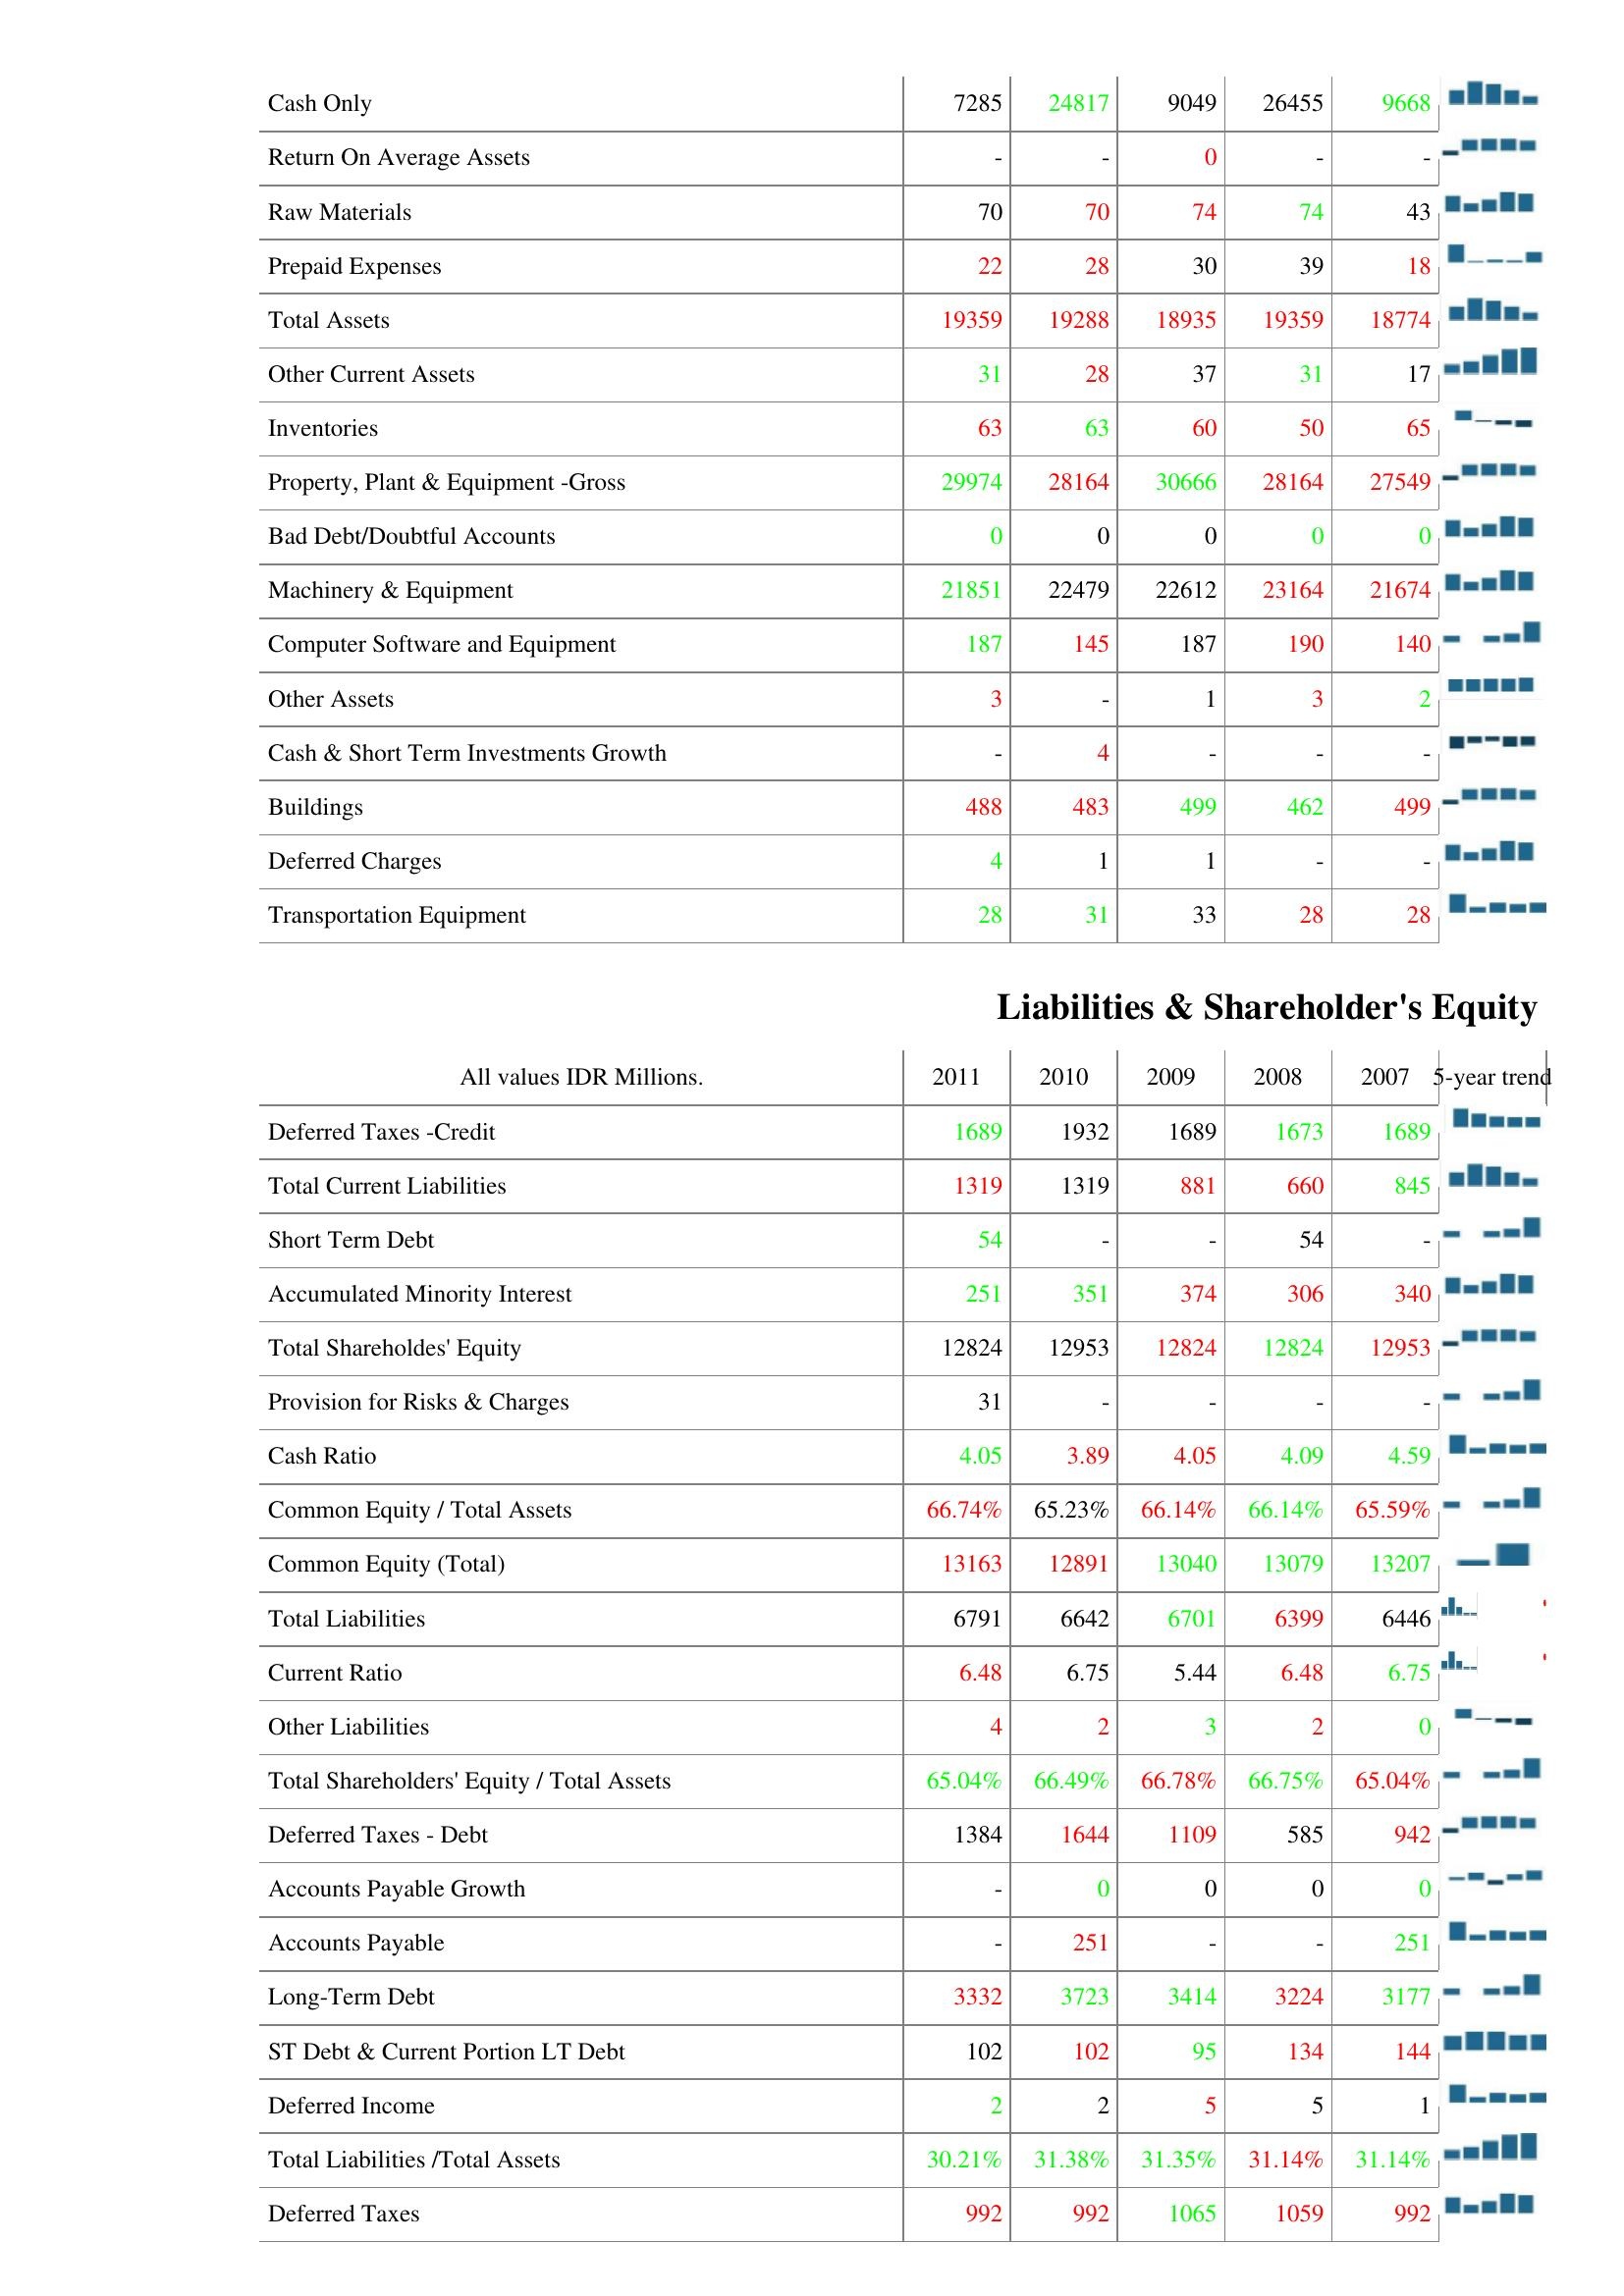
2011: Assets: Cash Only: 7285
Return On Average Assets: -
Raw Materials: 70
Prepaid Expenses: 22
Total Assets: 19359
Other Current Assets: 31
Inventories: 63
Property, Plant & Equipment -Gross: 29974
Bad Debt/Doubtful Accounts: 0
Machinery & Equipment: 21851
Computer Software and Equipment: 187
Other Assets: 3
Cash & Short Term Investments Growth: -
Buildings: 488
Deferred Charges: 4
Transportation Equipment: 28
Liabilities & Shareholder's Equity: Deferred Taxes -Credit: 1689
Total Current Liabilities: 1319
Short Term Debt: 54
Accumulated Minority Interest: 251
Total Shareholdes' Equity: 12824
Provision for Risks & Charges: 31
Cash Ratio: 4.05
Common Equity / Total Assets: 66.74%
Common Equity (Total): 13163
Total Liabilities: 6791
Current Ratio: 6.48
Other Liabilities: 4
Total Shareholders' Equity / Total Assets: 65.04%
Deferred Taxes - Debt: 1384
Accounts Payable Growth: -
Accounts Payable: -
Long-Term Debt: 3332
ST Debt & Current Portion LT Debt: 102
Deferred Income: 2
Total Liabilities /Total Assets: 30.21%
Deferred Taxes: 992
2010: Assets: Cash Only: 24817
Return On Average Assets: -
Raw Materials: 70
Prepaid Expenses: 28
Total Assets: 19288
Other Current Assets: 28
Inventories: 63
Property, Plant & Equipment -Gross: 28164
Bad Debt/Doubtful Accounts: 0
Machinery & Equipment: 22479
Computer Software and Equipment: 145
Other Assets: -
Cash & Short Term Investments Growth: 4
Buildings: 483
Deferred Charges: 1
Transportation Equipment: 31
Liabilities & Shareholder's Equity: Deferred Taxes -Credit: 1932
Total Current Liabilities: 1319
Short Term Debt: -
Accumulated Minority Interest: 351
Total Shareholdes' Equity: 12953
Provision for Risks & Charges: -
Cash Ratio: 3.89
Common Equity / Total Assets: 65.23%
Common Equity (Total): 12891
Total Liabilities: 6642
Current Ratio: 6.75
Other Liabilities: 2
Total Shareholders' Equity / Total Assets: 66.49%
Deferred Taxes - Debt: 1644
Accounts Payable Growth: 0
Accounts Payable: 251
Long-Term Debt: 3723
ST Debt & Current Portion LT Debt: 102
Deferred Income: 2
Total Liabilities /Total Assets: 31.38%
Deferred Taxes: 992
2009: Assets: Cash Only: 9049
Return On Average Assets: 0
Raw Materials: 74
Prepaid Expenses: 30
Total Assets: 18935
Other Current Assets: 37
Inventories: 60
Property, Plant & Equipment -Gross: 30666
Bad Debt/Doubtful Accounts: 0
Machinery & Equipment: 22612
Computer Software and Equipment: 187
Other Assets: 1
Cash & Short Term Investments Growth: -
Buildings: 499
Deferred Charges: 1
Transportation Equipment: 33
Liabilities & Shareholder's Equity: Deferred Taxes -Credit: 1689
Total Current Liabilities: 881
Short Term Debt: -
Accumulated Minority Interest: 374
Total Shareholdes' Equity: 12824
Provision for Risks & Charges: -
Cash Ratio: 4.05
Common Equity / Total Assets: 66.14%
Common Equity (Total): 13040
Total Liabilities: 6701
Current Ratio: 5.44
Other Liabilities: 3
Total Shareholders' Equity / Total Assets: 66.78%
Deferred Taxes - Debt: 1109
Accounts Payable Growth: 0
Accounts Payable: -
Long-Term Debt: 3414
ST Debt & Current Portion LT Debt: 95
Deferred Income: 5
Total Liabilities /Total Assets: 31.35%
Deferred Taxes: 1065
2008: Assets: Cash Only: 26455
Return On Average Assets: -
Raw Materials: 74
Prepaid Expenses: 39
Total Assets: 19359
Other Current Assets: 31
Inventories: 50
Property, Plant & Equipment -Gross: 28164
Bad Debt/Doubtful Accounts: 0
Machinery & Equipment: 23164
Computer Software and Equipment: 190
Other Assets: 3
Cash & Short Term Investments Growth: -
Buildings: 462
Deferred Charges: -
Transportation Equipment: 28
Liabilities & Shareholder's Equity: Deferred Taxes -Credit: 1673
Total Current Liabilities: 660
Short Term Debt: 54
Accumulated Minority Interest: 306
Total Shareholdes' Equity: 12824
Provision for Risks & Charges: -
Cash Ratio: 4.09
Common Equity / Total Assets: 66.14%
Common Equity (Total): 13079
Total Liabilities: 6399
Current Ratio: 6.48
Other Liabilities: 2
Total Shareholders' Equity / Total Assets: 66.75%
Deferred Taxes - Debt: 585
Accounts Payable Growth: 0
Accounts Payable: -
Long-Term Debt: 3224
ST Debt & Current Portion LT Debt: 134
Deferred Income: 5
Total Liabilities /Total Assets: 31.14%
Deferred Taxes: 1059
2007: Assets: Cash Only: 9668
Return On Average Assets: -
Raw Materials: 43
Prepaid Expenses: 18
Total Assets: 18774
Other Current Assets: 17
Inventories: 65
Property, Plant & Equipment -Gross: 27549
Bad Debt/Doubtful Accounts: 0
Machinery & Equipment: 21674
Computer Software and Equipment: 140
Other Assets: 2
Cash & Short Term Investments Growth: -
Buildings: 499
Deferred Charges: -
Transportation Equipment: 28
Liabilities & Shareholder's Equity: Deferred Taxes -Credit: 1689
Total Current Liabilities: 845
Short Term Debt: -
Accumulated Minority Interest: 340
Total Shareholdes' Equity: 12953
Provision for Risks & Charges: -
Cash Ratio: 4.59
Common Equity / Total Assets: 65.59%
Common Equity (Total): 13207
Total Liabilities: 6446
Current Ratio: 6.75
Other Liabilities: 0
Total Shareholders' Equity / Total Assets: 65.04%
Deferred Taxes - Debt: 942
Accounts Payable Growth: 0
Accounts Payable: 251
Long-Term Debt: 3177
ST Debt & Current Portion LT Debt: 144
Deferred Income: 1
Total Liabilities /Total Assets: 31.14%
Deferred Taxes: 992